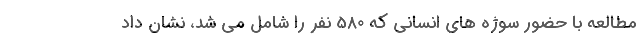
مطالعه با حضور سوژه های انسانی که 580 نفر را شامل می شد، نشان داد